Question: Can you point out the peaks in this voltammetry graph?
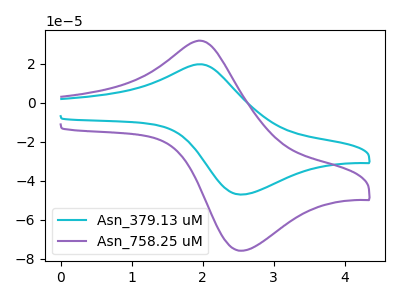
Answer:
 <answer>The cyan curve "Asn_379.13 uM" has an anodic peak at (1.95V, 19.70uA) and a cathodic peak at (2.55V, -47.00uA). The purple curve "Asn_758.25 uM" has an anodic peak at (1.95V, 31.75uA) and a cathodic peak at (2.55V, -75.75uA).</answer>
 <eval></eval>